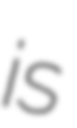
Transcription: is